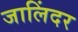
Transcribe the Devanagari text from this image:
जालिंदर